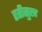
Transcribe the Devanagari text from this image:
रतीसुख